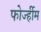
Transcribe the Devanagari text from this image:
फोर्ज्हीम